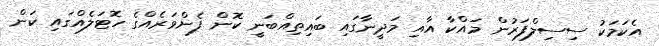
އެކަމަކު ސިސިލްފަރުން މައްކާ އާއި މަދީނާގައި ބައިތިއްބަނީ ކޮން ފެންވަރެއްގެ ހޮޓަލެއްގައި ކަން